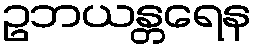
ဥဘယန္တရေန